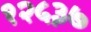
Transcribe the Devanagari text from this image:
१२५३७